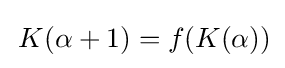
\,K(\alpha +1)=f(K(\alpha ))